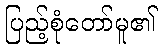
ပြည့်စုံတော်မူ၏